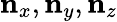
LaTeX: \mathbf{n}_{x},\mathbf{n}_{y},\mathbf{n}_{z}